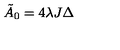
{ \tilde { A } } _ { 0 } = 4 \lambda J \Delta